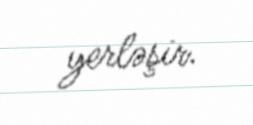
yerləşir.